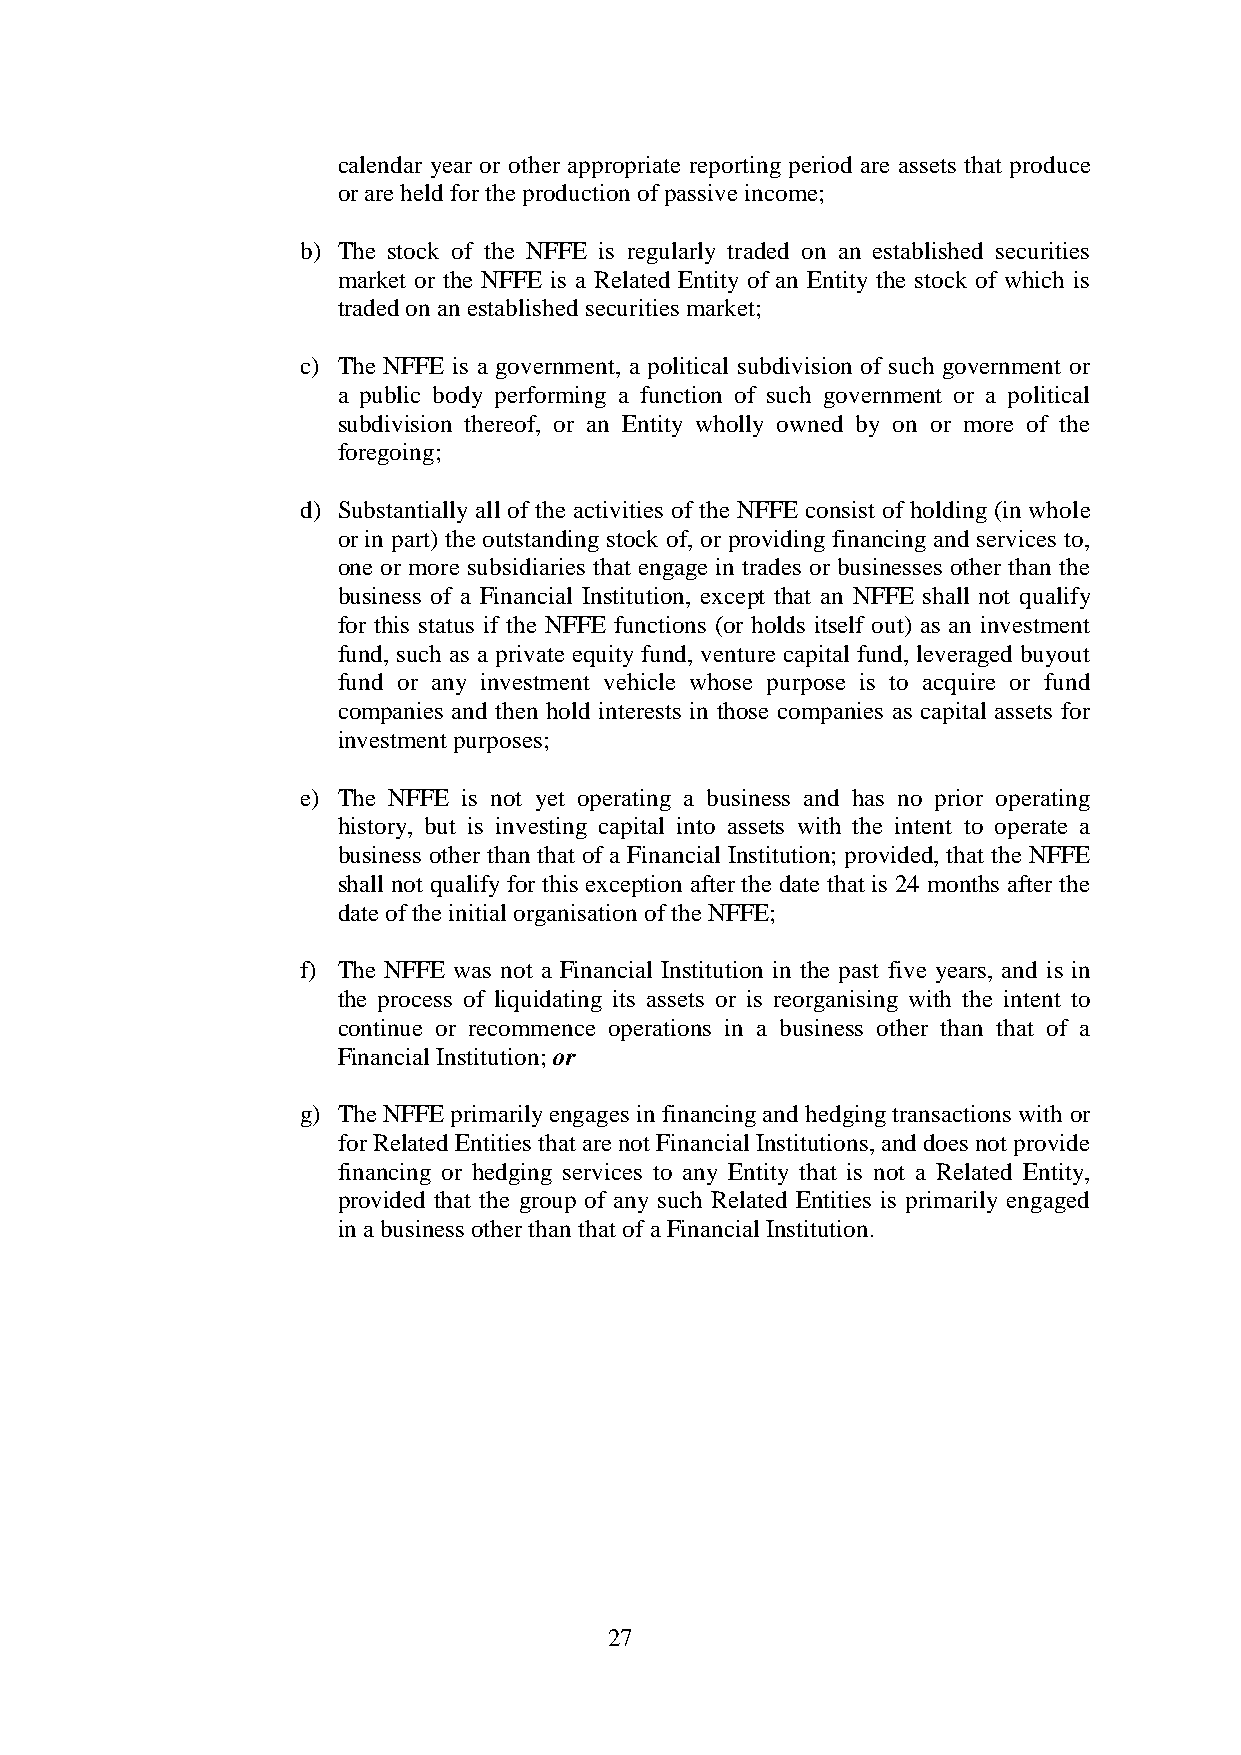
calendar year or other appropriate reporting period are assets that produce
 or are held for the production of passive income;
 b) The stock of the NFFE is regularly traded on an established securities
 market or the NFFE is a Related Entity of an Entity the stock of which is
 traded on an established securities market;
 c) The NFFE is a government, a political subdivision of such government or
 a public body performing a function of such government or a political
 subdivision thereof, or an Entity wholly owned by on or more of the
 foregoing;
 d) Substantially all of the activities of the NFFE consist of holding (in whole
 or in part) the outstanding stock of, or providing financing and services to,
 one or more subsidiaries that engage in trades or businesses other than the
 business of a Financial Institution, except that an NFFE shall not qualify
 for this status if the NFFE functions (or holds itself out) as an investment
 fund, such as a private equity fund, venture capital fund, leveraged buyout
 fund or any investment vehicle whose purpose is to acquire or fund
 companies and then hold interests in those companies as capital assets for
 investment purposes;
 e) The NFFE is not yet operating a business and has no prior operating
 history, but is investing capital into assets with the intent to operate a
 business other than that of a Financial Institution; provided, that the NFFE
 shall not qualify for this exception after the date that is 24 months after the
 date of the initial organisation of the NFFE;
 f) The NFFE was not a Financial Institution in the past five years, and is in
 the process of liquidating its assets or is reorganising with the intent to
 continue or recommence operations in a business other than that of a
 Financial Institution; or
 g) The NFFE primarily engages in financing and hedging transactions with or
 for Related Entities that are not Financial Institutions, and does not provide
 financing or hedging services to any Entity that is not a Related Entity,
 provided that the group of any such Related Entities is primarily engaged
 in a business other than that of a Financial Institution.
 27